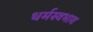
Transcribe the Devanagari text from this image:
धर्मस्वभाव